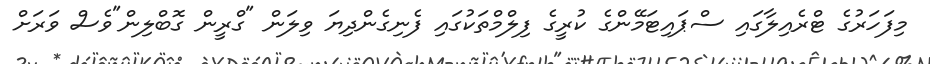
މިފަހަރުގެ ޓްރެއިލާގައި ސްޕައިޓަމޭންގެ ކުރީގެ ފިލްމްތަކުގައި ފެނިގެންދިޔަ ވިލަން "ގްރީން ގޮބްލިން"ވެސް ވަރަށް